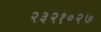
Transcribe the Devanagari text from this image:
२३२१०२७